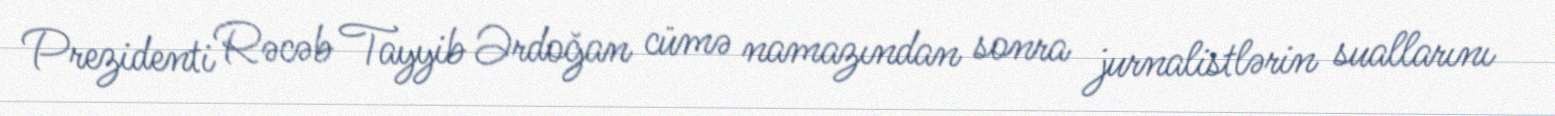
Prezidenti Rəcəb Tayyib Ərdoğan cümə namazından sonra jurnalistlərin suallarını